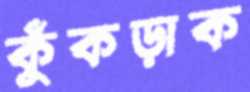
কুঁকড়াক